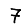
Digit: 7